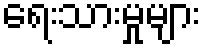
ရေးသားမှုများ